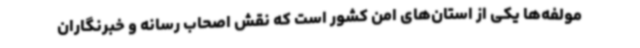
مولفه‌ها یکی از استان‌های امن کشور است که نقش اصحاب رسانه و خبرنگاران